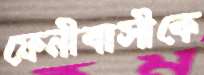
ফেনীবাসীকে